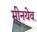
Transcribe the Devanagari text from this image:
मीनयेव